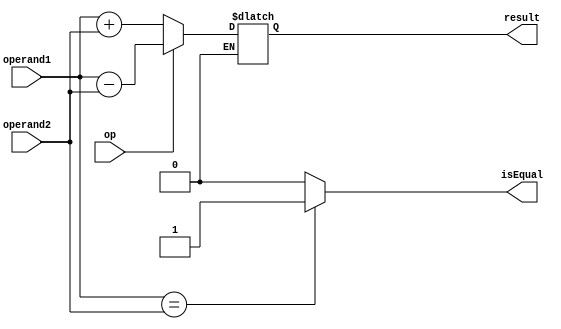
`timescale 1ns / 1ps

module AMB(
    input op,
    input [15:0] operand1, operand2,
    output reg [15:0] result,
    output reg isEqual
    );
    
    always @* begin
    
        if(op == 1'b0) begin
            result = operand1 + operand2;    
        end
        if(op == 1'b1) begin 
            result = operand1-operand2;
        end 
        if(operand1 == operand2)
            isEqual = 1;
        else
            isEqual = 0;     
	end
	
endmodule